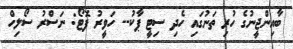
ބާއިންޖީނުގެ ހުރި ތަނުގައި ހެދި ސިޓީ ޕާކު-- ހަވީރު ފޮޓޯ: ނަސްރު ސޯލިހް